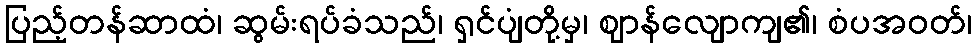
ပြည့်တန်ဆာထံ၊ ဆွမ်းရပ်ခံသည်၊ ရှင်ပျံတို့မှ၊ ဈာန်လျောကျ၏၊ စံပအဝတ်၊